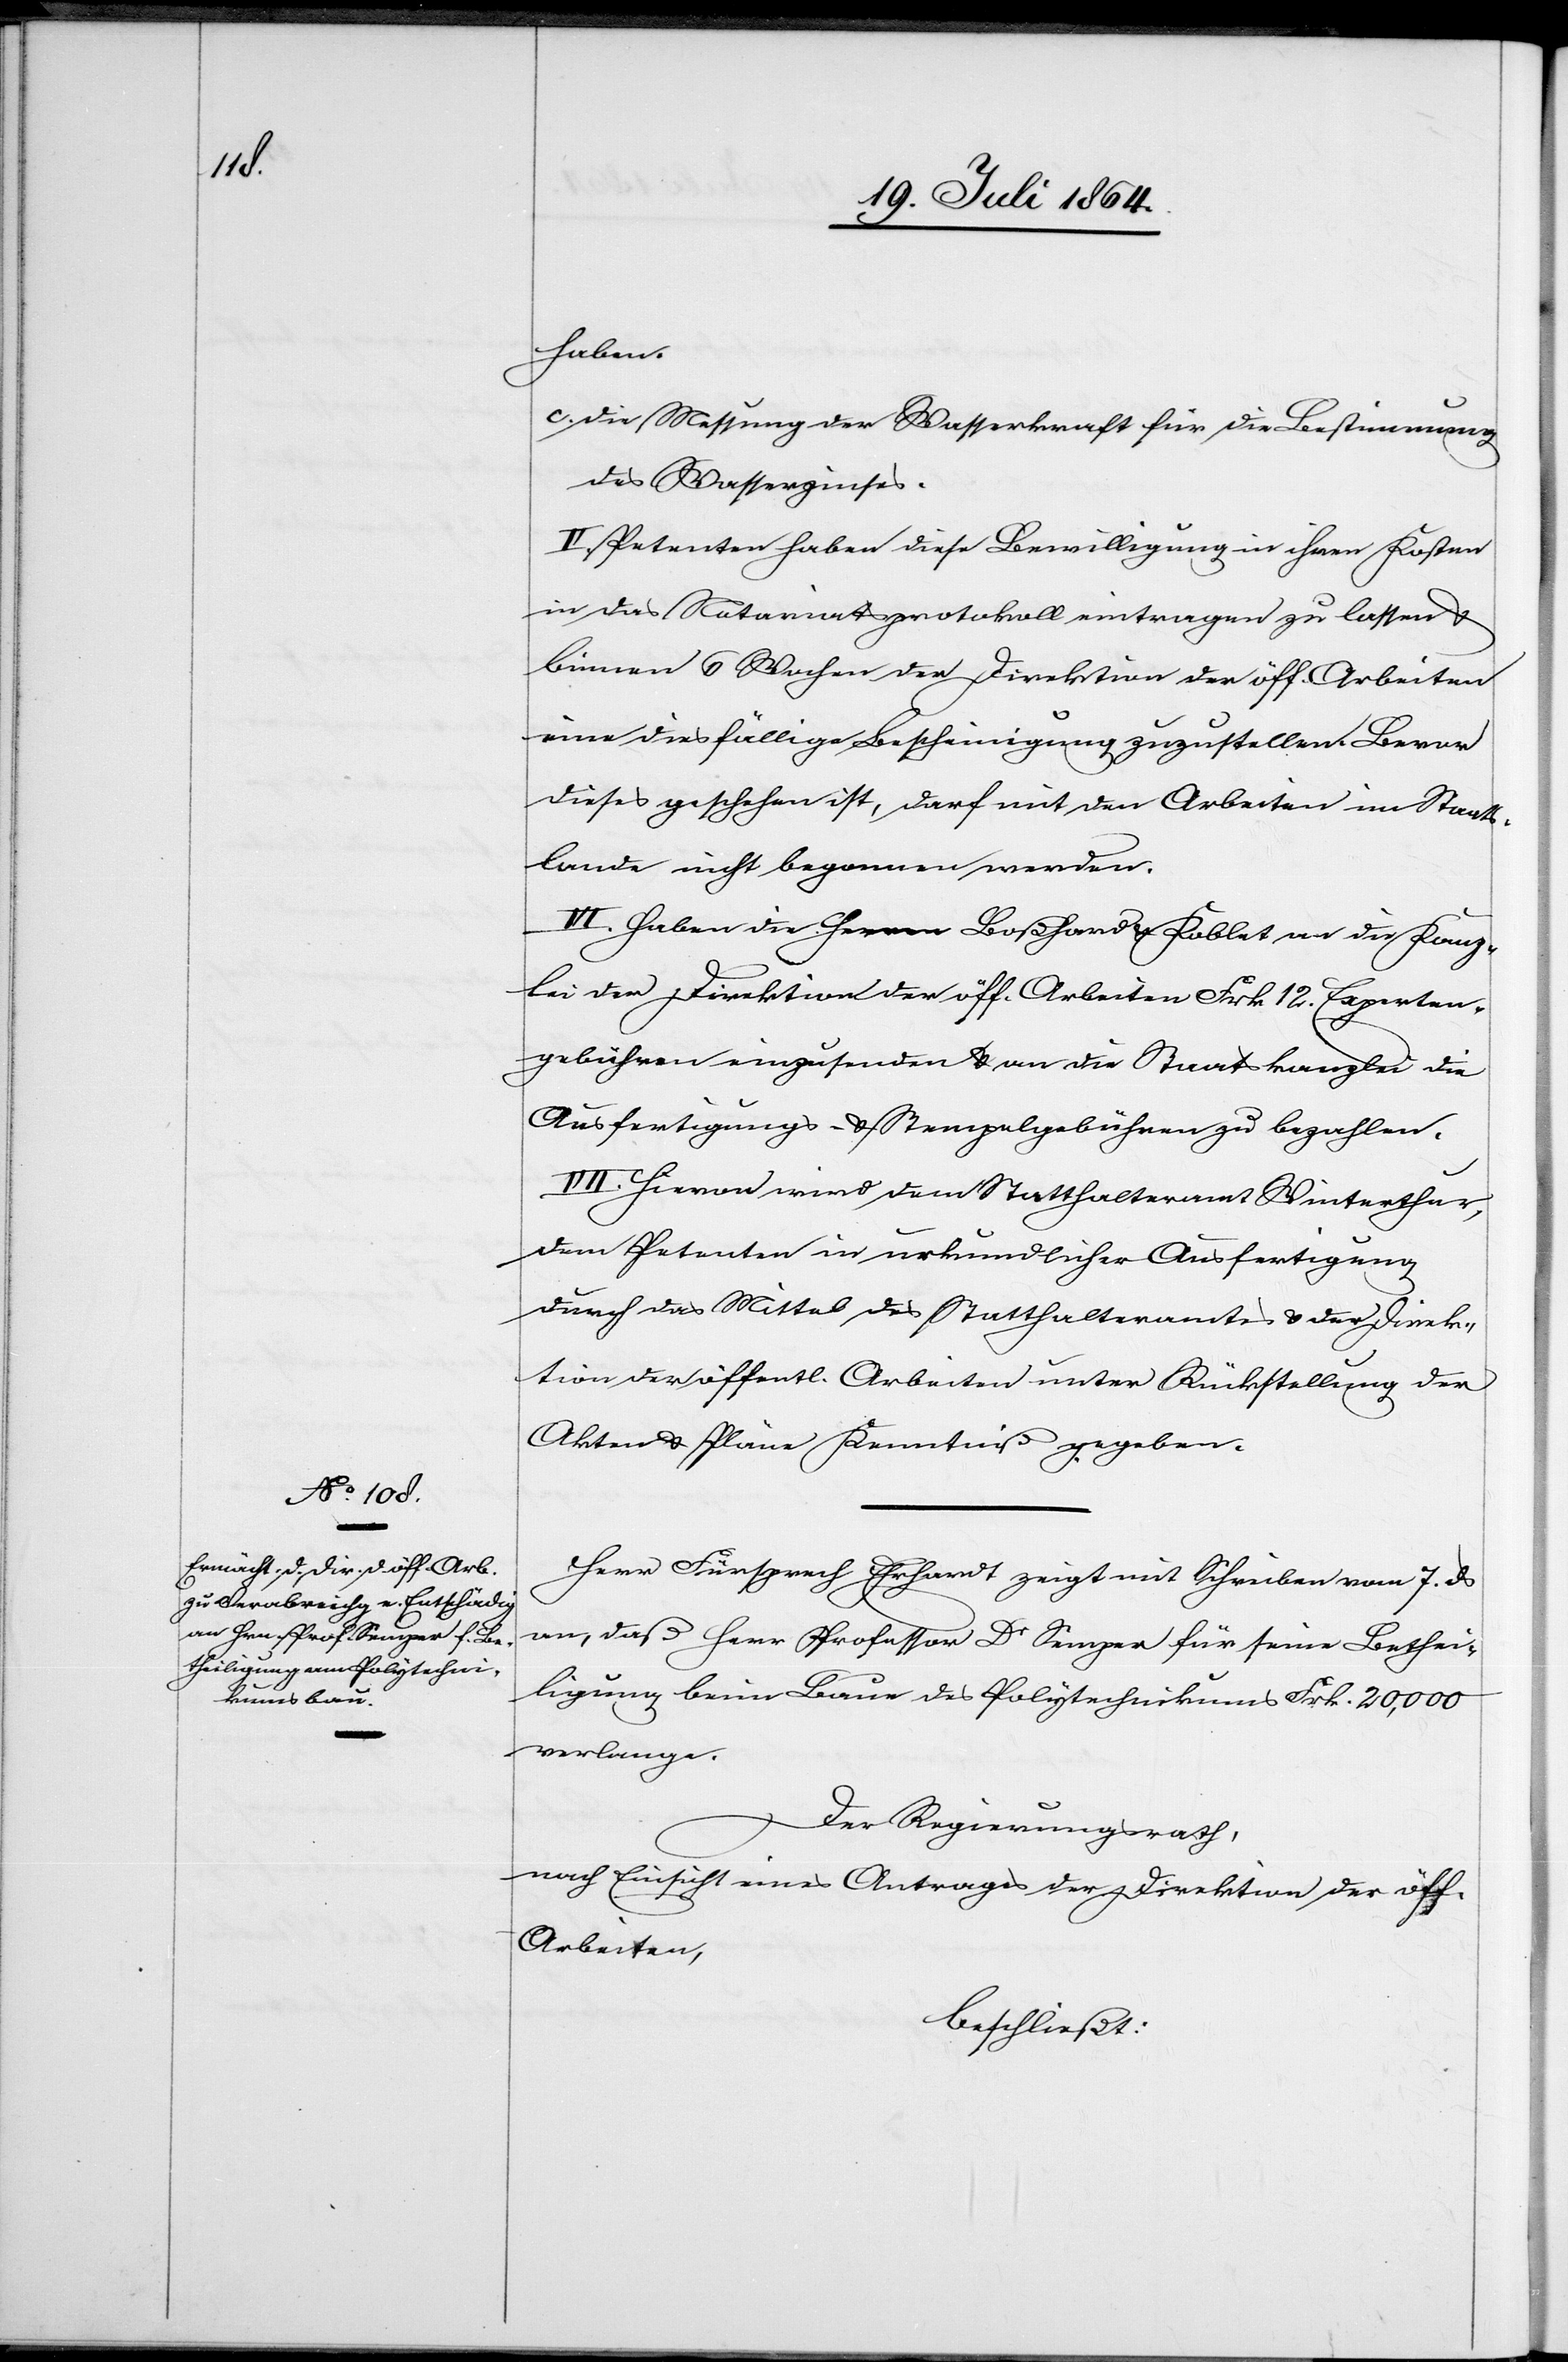
haben.
c. Die Messung der Wasserkraft für die Bestimmung
des Wasserzinses.
IV.] Petenten haben diese Bewilligung in ihren Kosten
in das Notariatsprotokoll eintragen zu lassen u.
binnen 6 Wochen der Direktion der öff. Arbeiten
eine diesfällige Bescheinigung zuzustellen. Bevor
dieses geschehen ist, darf mit den Arbeiten im Staats¬
lande nicht begonnen werden.
V.] Haben die Herren Boßhard u. Koblet an die Kanz¬
lei der Direktion der öff. Arbeiten Frk. 12 Experten¬
gebühren einzusenden u. an die Staatskanzlei die
Ausfertigungs- u. Stempelgebühren zu bezahlen.
VI.] Hievon wird dem Statthalteramt Winterthur,
dem Petenten in urkundlicher Ausfertigung
durch das Mittel des Statthalteramtes u. der Direk¬
tion der öffentl. Arbeiten unter Rückstellung der
Akten u. Pläne Kenntniß gegeben.
Herr Fürsprech Erhardt zeigt mit Schreiben vom 7. ds
an, daß Herr Professor Dr Semper für seine Bethei¬
ligung beim Baue des Polytechnikums Frk. 20,000
verlange.
Der Regierungsrath,
nach Einsicht eines Antrages der Direktion der öff.
Arbeiten,
beschließt: